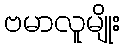
ဗမာလူမျိုး